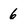
Character: 6